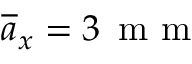
\overline { { a } } _ { x } = 3 \, \mathrm { ~ m ~ m ~ }